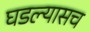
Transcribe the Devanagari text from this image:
घडल्यासच